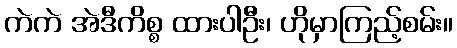
ကဲကဲ အဲဒီကိစ္စ ထားပါဦး၊ ဟိုမှာကြည့်စမ်း။